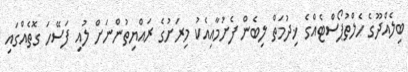
ބިލެއްދޫގެ ހެލްތުޕޯސްޓެއްގެ ޚިދުމަތް ލިބެން ފެށުމާއިއެކު މިރަށުގެ ރައްޔިތުންނަށް ލުއި ފަސޭހަ ގޮތެއްގައި